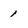
Character: 1